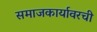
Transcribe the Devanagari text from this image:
समाजकार्यावरची